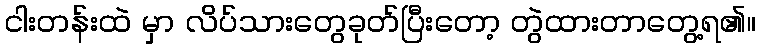
ငါးတန်းထဲ မှာ လိပ်သားတွေခုတ်ပြီးတော့ တွဲထားတာတွေ့ရ၏။